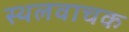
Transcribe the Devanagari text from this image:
स्थलवाचक